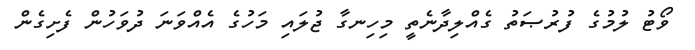
ވޯޓު ލުމުގެ ފުރުޞަތު ގެއްލިދާނެތީ މިހިނގާ ޖުލައި މަހުގެ އެއްވަނަ ދުވަހުން ފެށިގެން